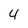
Character: 4